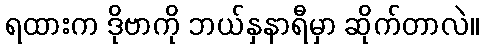
ရထားက ဒိုဗာကို ဘယ်နှနာရီမှာ ဆိုက်တာလဲ။